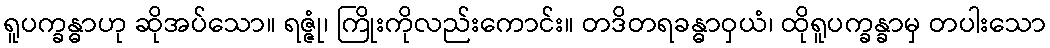
ရူပက္ခန္ဓာဟု ဆိုအပ်သော။ ရဇ္ဇုံ၊ ကြိုးကိုလည်းကောင်း။ တဒိတရခန္ဓာဝှယံ၊ ထိုရူပက္ခန္ခာမှ တပါးသော